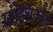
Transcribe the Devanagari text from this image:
स्टोइचकोव